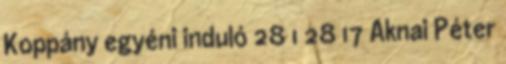
Koppány egyéni induló 28 1 28 17 Aknai Péter